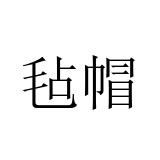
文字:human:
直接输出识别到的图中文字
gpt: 毡帽